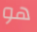
هو